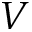
V